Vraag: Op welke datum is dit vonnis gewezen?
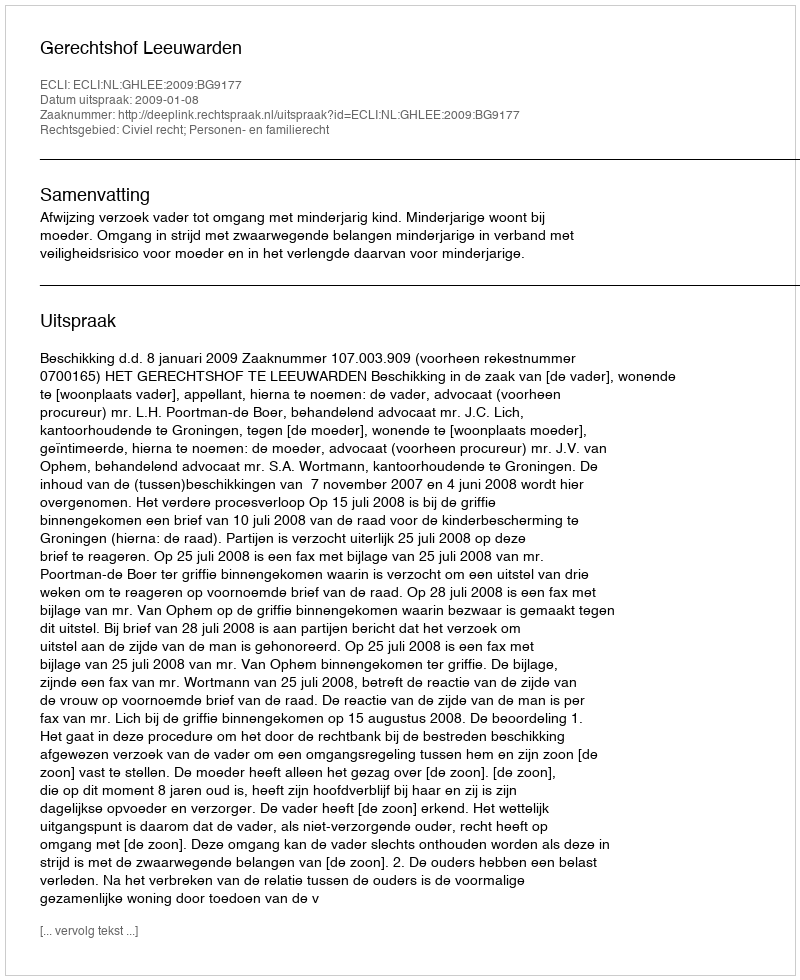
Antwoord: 2009-01-08